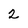
Character: 2